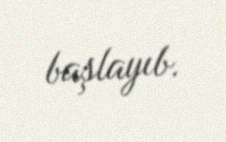
başlayıb.